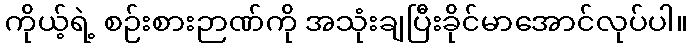
ကိုယ့်ရဲ့ စဉ်းစားဉာဏ်ကို အသုံးချပြီးခိုင်မာအောင်လုပ်ပါ။